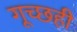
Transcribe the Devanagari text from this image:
गूच्छही